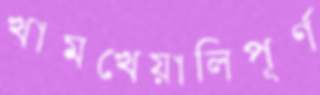
খামখেয়ালিপূর্ণ